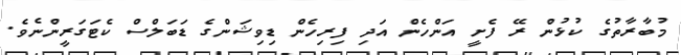
މުބާރާތުގެ ކުޅުން ރޭ ފެށީ އަންހެން އަދި ފިރިހެން ޑިވިޝަންގެ ޑަބަލްސް ކެޓަގަރީންނެވެ.